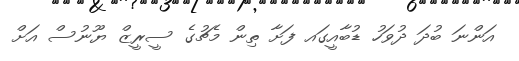
އަންނަ ބުދަ ދުވަހު ޑުބާއީގައ ފަށާ ތިން މެޗުގެ ސީރީޒް ޔޫނުސް އަށް